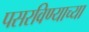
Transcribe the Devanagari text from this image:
पसरविण्याच्या